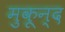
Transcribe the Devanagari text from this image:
मुकून्द